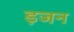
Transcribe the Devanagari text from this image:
ड़जन